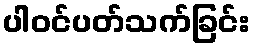
ပါဝင်ပတ်သက်ခြင်း